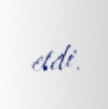
etdi.